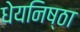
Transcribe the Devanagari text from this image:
धेयनिष्ठा